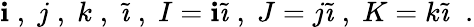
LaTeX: \mathbf{i}\; ,\; j\; ,\; k\; ,\; \tilde{{\imath}}\; ,\; I=\mathbf{i}\tilde{{\imath}}\; ,\; J=j\tilde{{\imath}}\; ,\; K=k\tilde{{\imath}}\; \; .